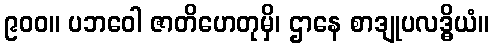
၉၀၀။ ပဘဝေါ ဇာတိဟေတုမှိ၊ ဌာနေ စာဒျုပလဒ္ဓိယံ။